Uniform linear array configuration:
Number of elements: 48
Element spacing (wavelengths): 0.25
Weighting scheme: hamming
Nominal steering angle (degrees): -15
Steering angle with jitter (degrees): -13.662
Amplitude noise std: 0.05
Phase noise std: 0.05

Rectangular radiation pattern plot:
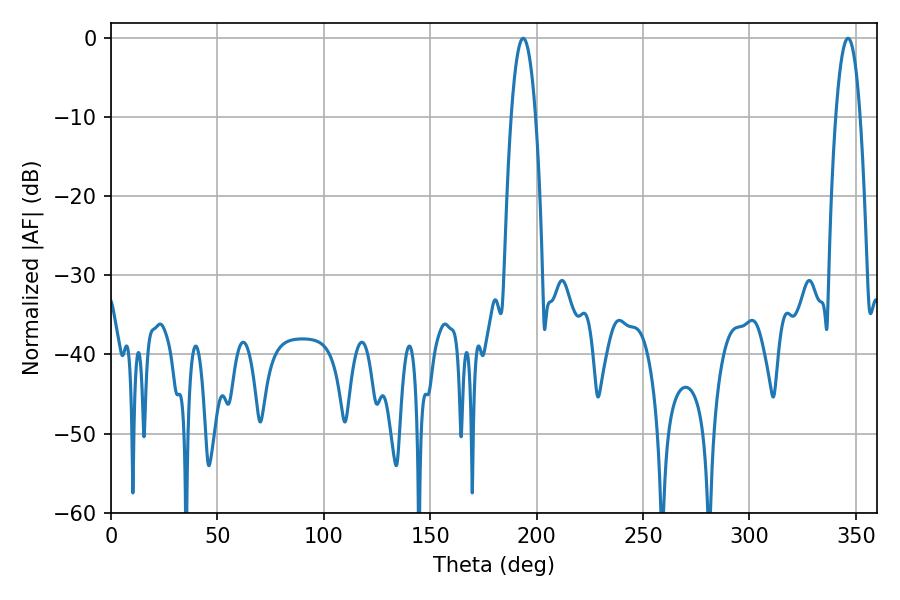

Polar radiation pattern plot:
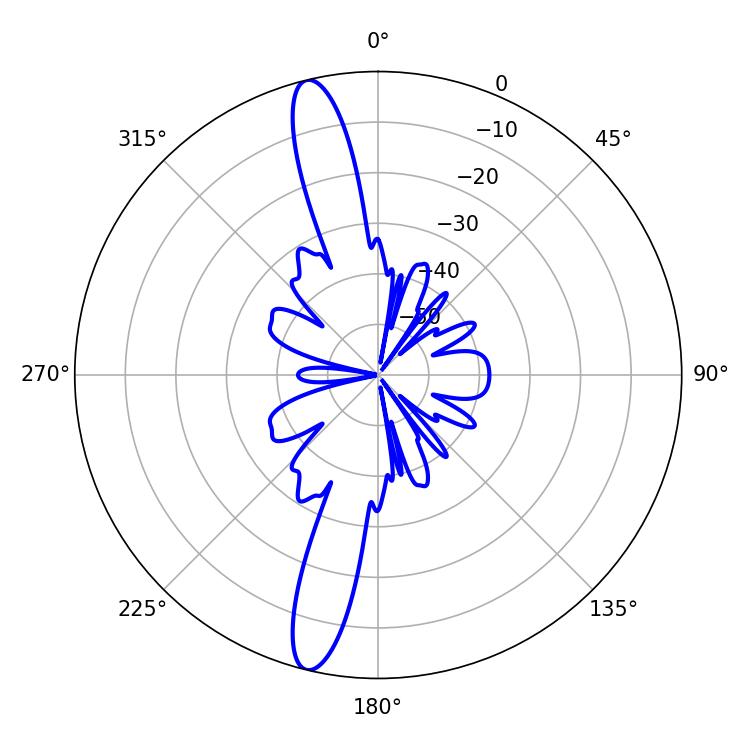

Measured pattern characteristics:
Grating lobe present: FALSE
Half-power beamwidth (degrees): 6.3
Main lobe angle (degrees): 193.68